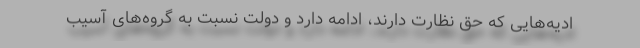
ادیه‌هایی که حق نظارت دارند، ادامه دارد و دولت نسبت به گروه‌های آسیب